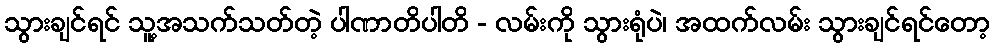
သွားချင်ရင် သူ့အသက်သတ်တဲ့ ပါဏာတိပါတိ - လမ်းကို သွားရုံပဲ၊ အထက်လမ်း သွားချင်ရင်တော့